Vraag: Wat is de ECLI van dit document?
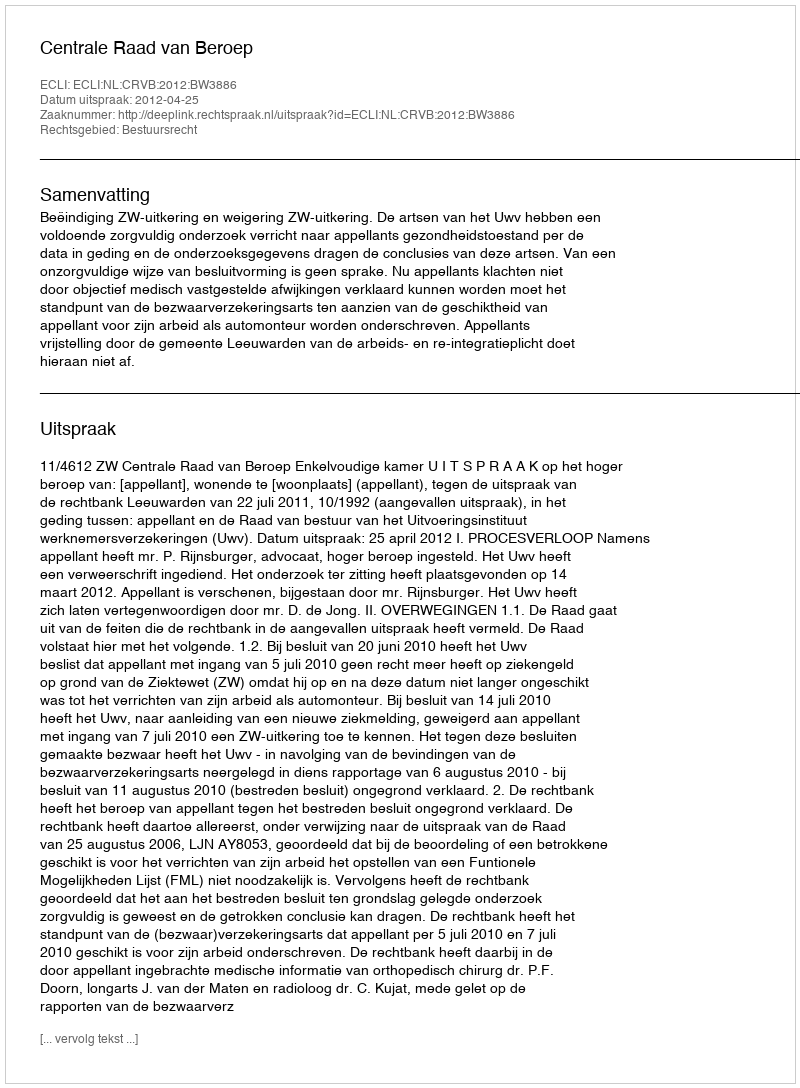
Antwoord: ECLI:NL:CRVB:2012:BW3886